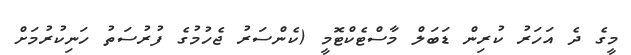
މީގެ ދެ އަހަރު ކުރިން ޑަބަލް މާސްޓެކްޓޮމީ (ކެންސަރު ޖެހުމުގެ ފުރުސަތު ހަނިކުރުމަށް